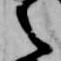
言